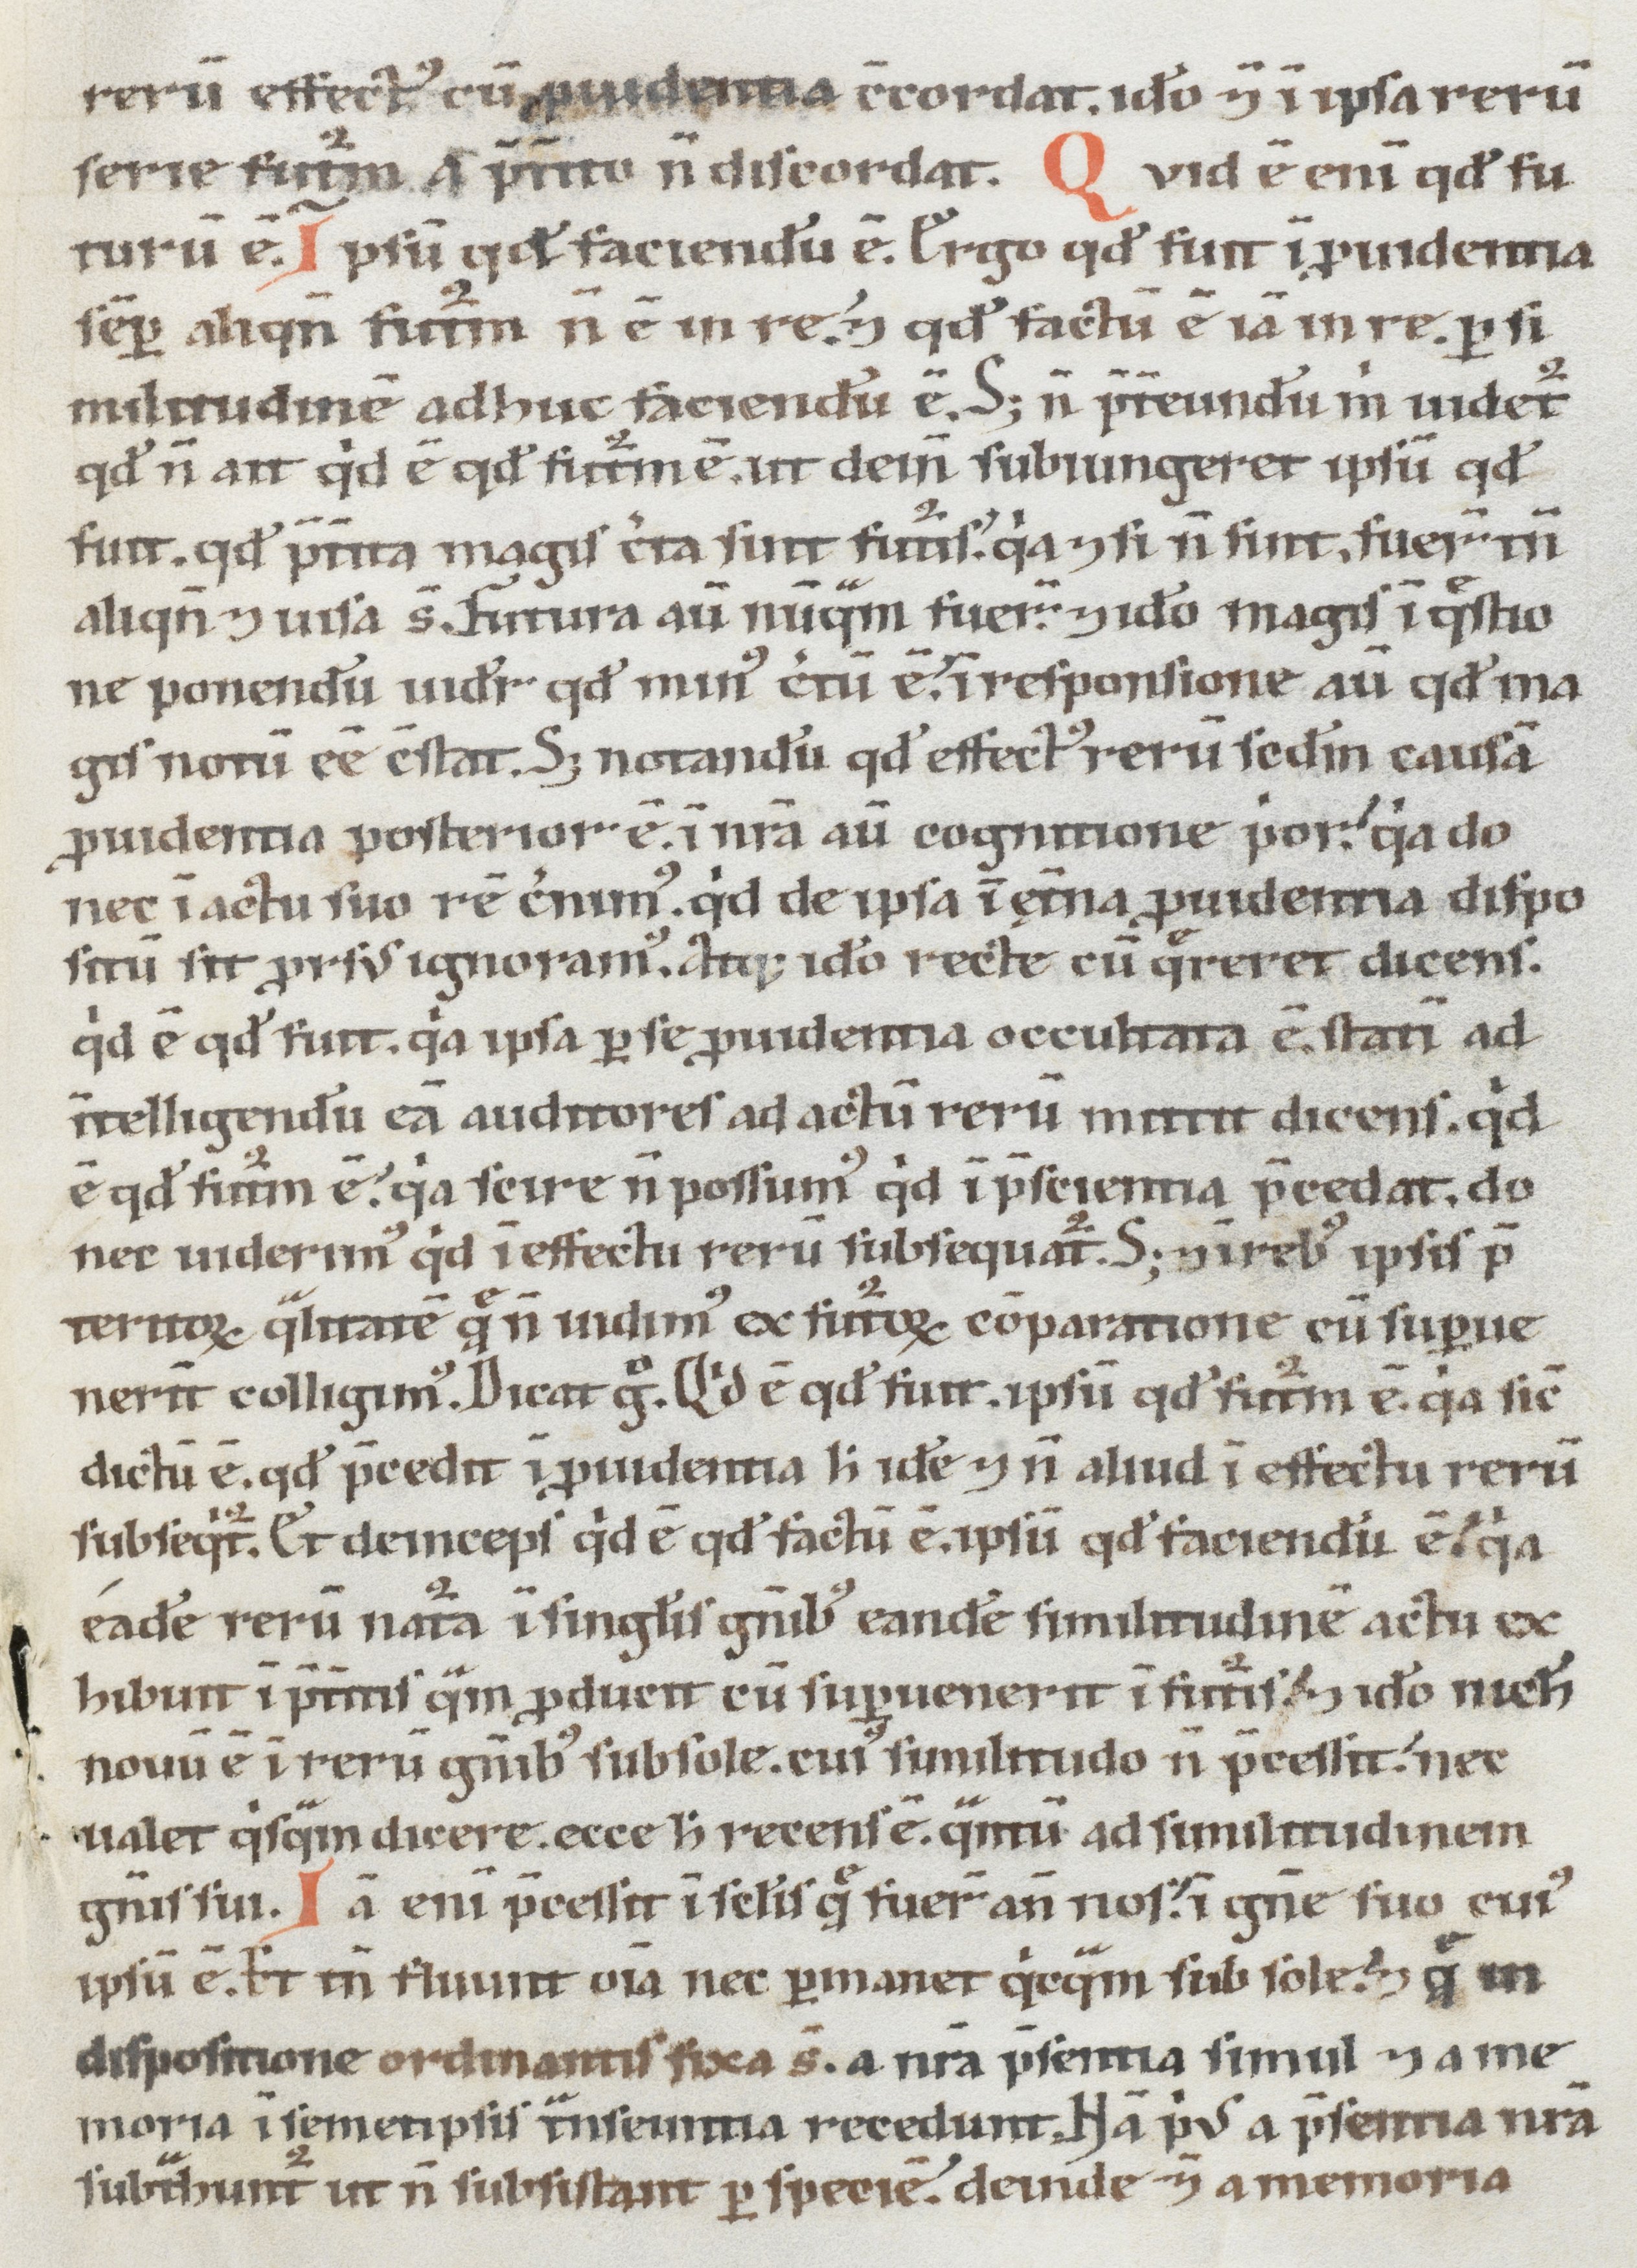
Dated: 1100–1199